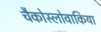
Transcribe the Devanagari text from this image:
चैकोस्लोवाकिया